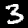
Digit: 3